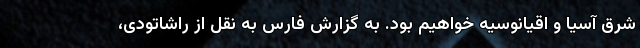
شرق آسیا و اقیانوسیه خواهیم بود. به گزارش فارس به نقل از راشاتودی،